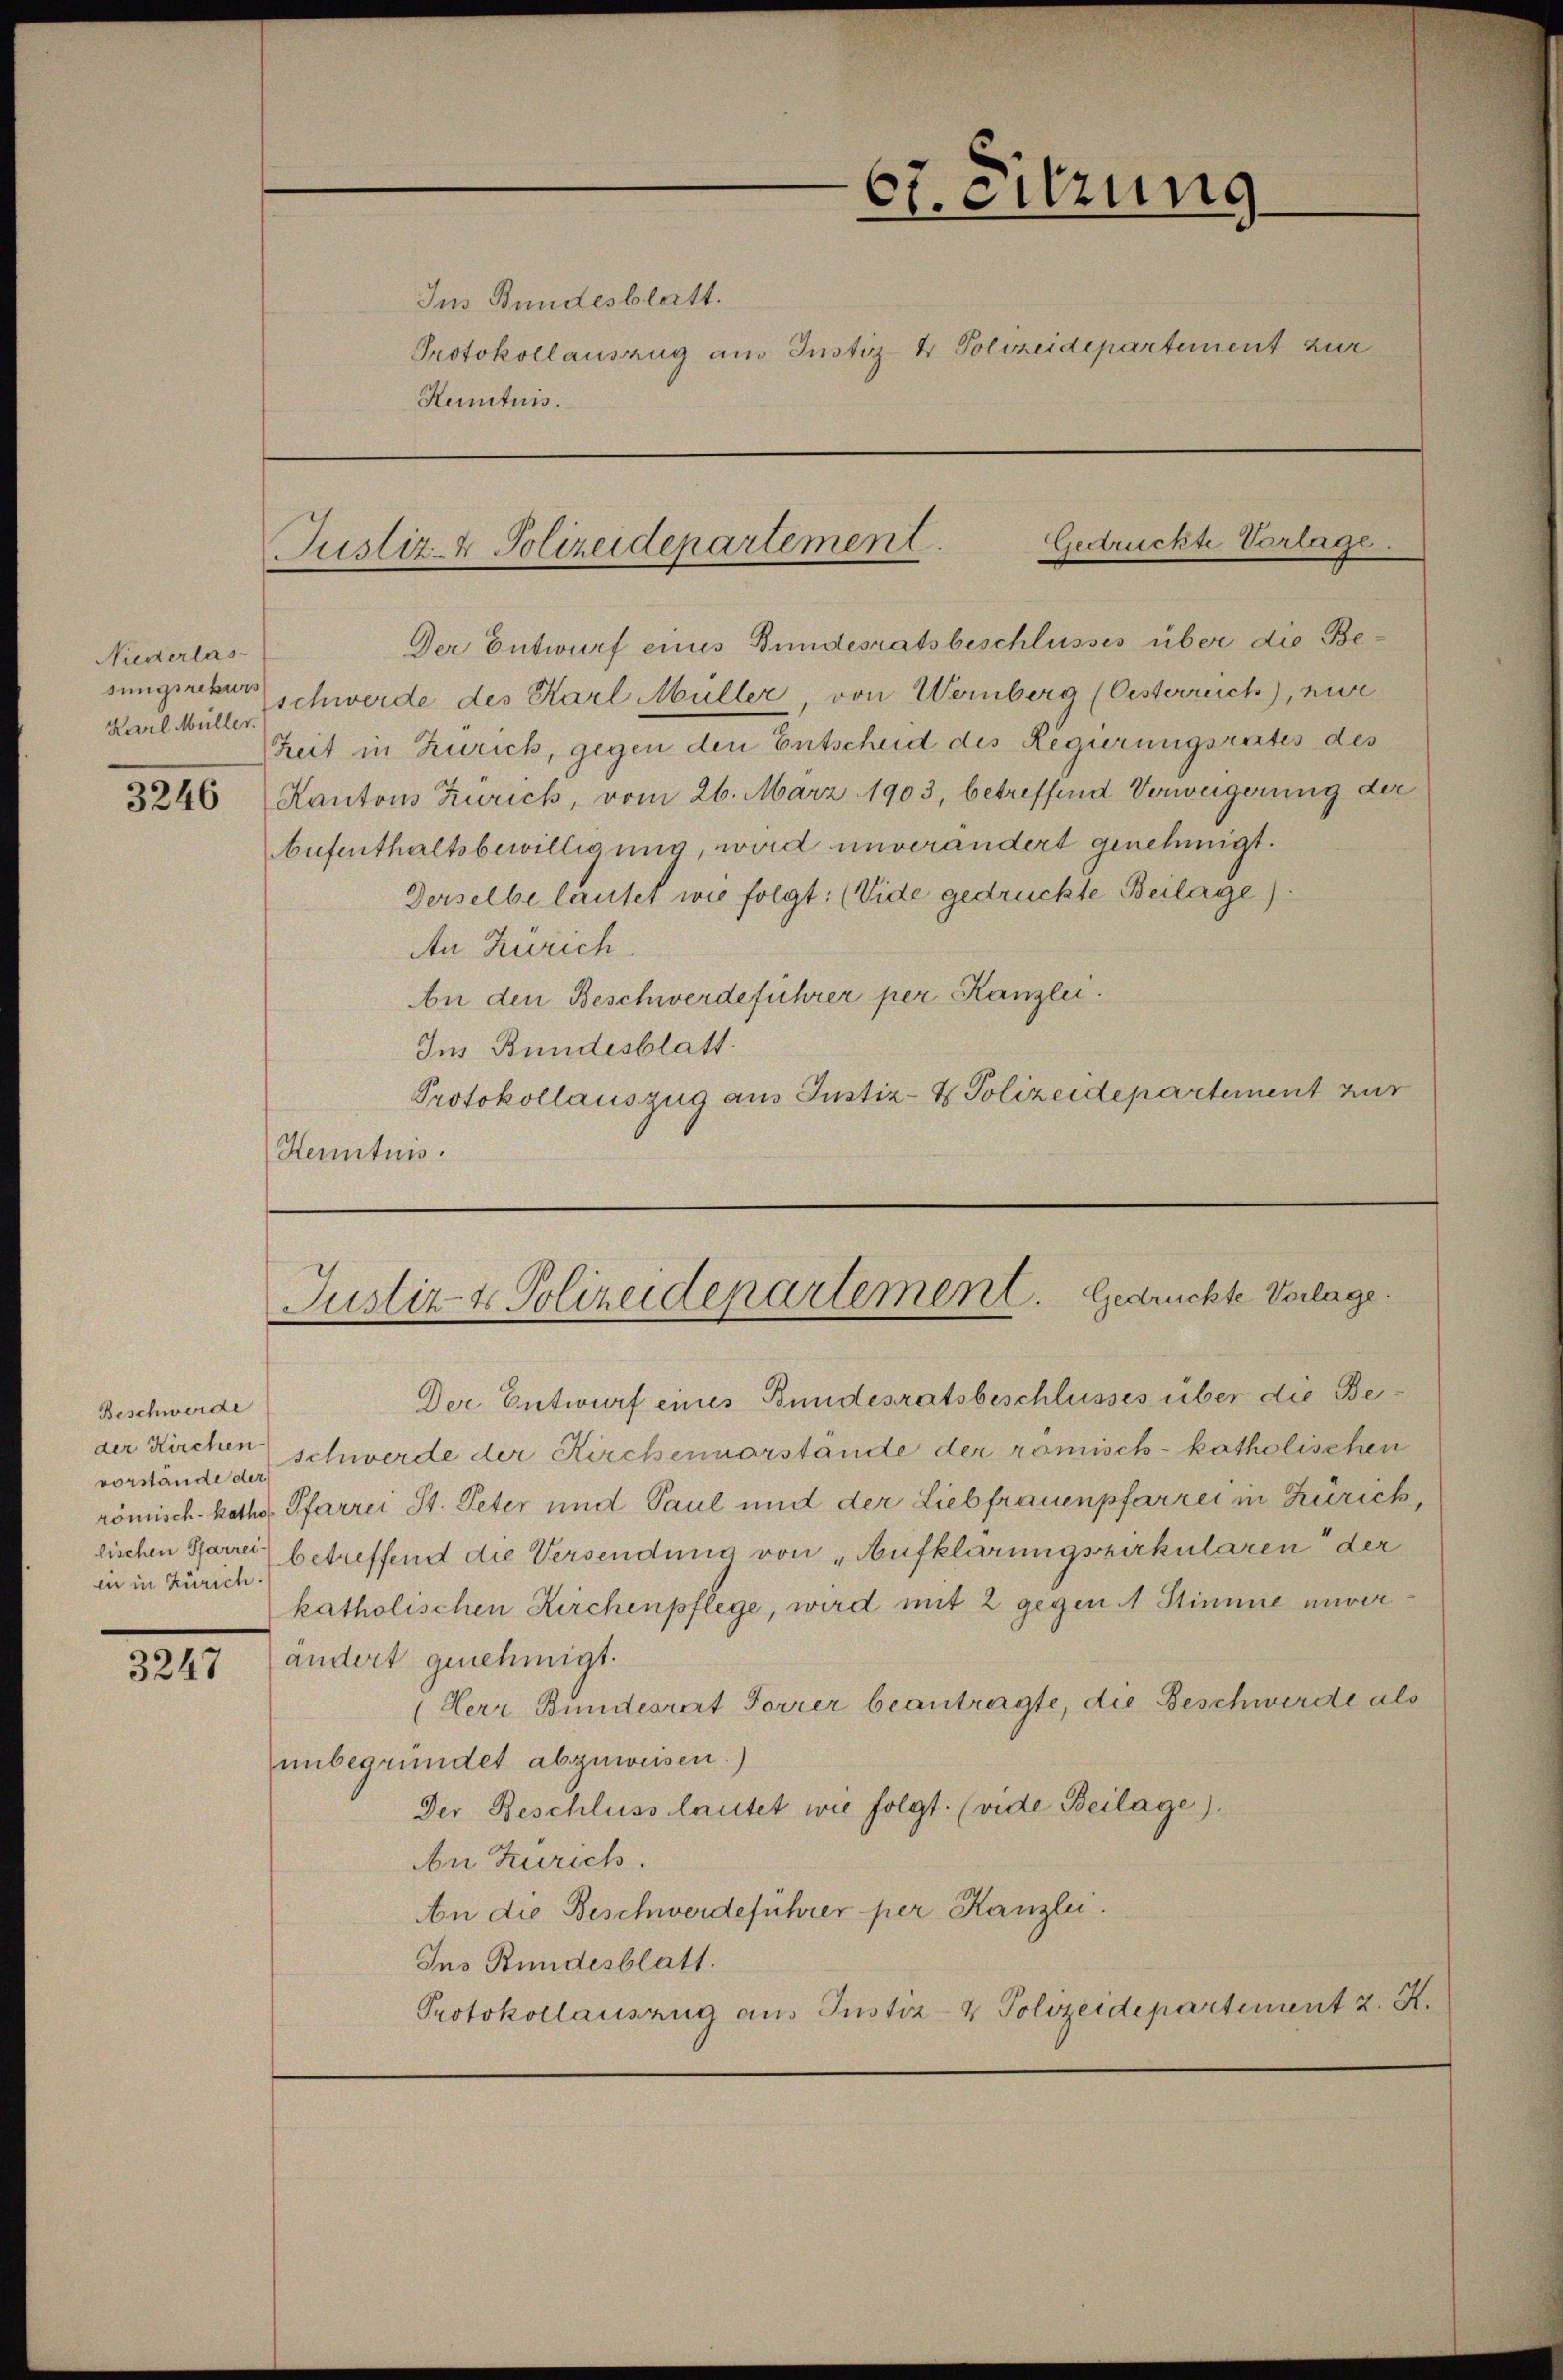
Niederlas-
sungsrekurs

3247

Gedrückte Vorlage.
Justiz- & Polizeidepartement.

Beschwerde
vorstände der
ein in Zürich.

Henituis.

67. Sitzung
Ins Bundesblatt.
Protokollauszug aus Justiz- & Polizeidepartement zur

Der Entwurf eines Bundesratsbeschlusses über die Be¬
Karl Müllschwerde des Karl Müller, von Wernberg (Oesterreich), nur
Zeit in Zürich, gegen den Entscheid des Regierungsrates des
3266 Kantons Zürich, vom 26. März 1903, betreffend Verweigerung der
Aufenthaltsbewilligung, wird unverändert genehmigt.
Derselbe lautet wie folgt: (Vide gedrückte Beilage).
An Zürich
An den Beschwerdeführer per Kanzlei.
Ins Bundesblatt.
Protokollauszug aus Justiz- & Polizeidepartement zur
Kenntnis.

Justiz- & Polizeidepartement. Gedrückte Verlage.

Der Entwurf eines Bundesratsbeschlusses über die Beder Kirchen schwerde der Kirchenvorstände der römisch-katholischen
römisch-kathos Pfarrei St. Peter und Paul und der Liebfrauenpfarrer in Zürich,
lischen Starrer betreffend die Versendung von „Aufklärungszirkularen der
katholischen Kirchenpflege, wird mit 2 gegen 1 Stimme unverändert genehmigt.
(Herr Bundesrat Forrer beantragte, die Beschwerde als
unbegründet abzuweisen.)
Der Beschluss lautet wie folgt. (vide Beilage).
An Zürich.
An die Beschwerdeführer per Kanzlei.
Ins Bundesblatt.
Protokollauszug aus Justiz- & Polizeidepartement 2. X.